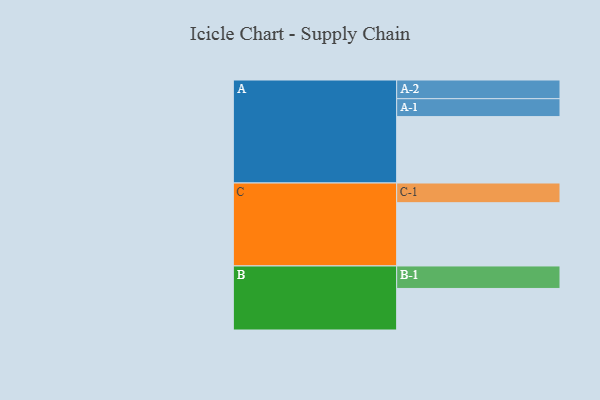
{"axis": {"x": "Segment", "y": "Value"}, "legend": ["", "A", "B", "C"], "data": [{"x": "A", "y": 593, "type": ""}, {"x": "B", "y": 371, "type": ""}, {"x": "C", "y": 565, "type": ""}, {"x": "A-1", "y": 160, "type": "A"}, {"x": "A-2", "y": 167, "type": "A"}, {"x": "B-1", "y": 201, "type": "B"}, {"x": "C-1", "y": 176, "type": "C"}]}